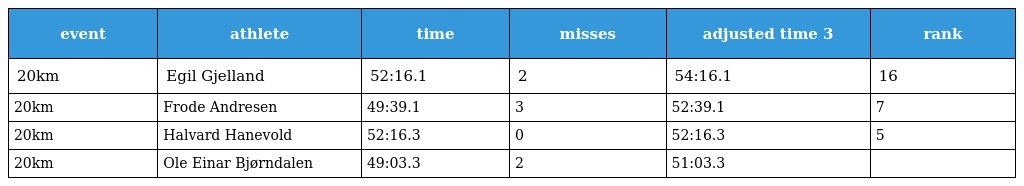
| event | athlete | time | misses | adjusted time 3 | rank |
 | --- | --- | --- | --- | --- | --- |
 | 20km | Egil Gjelland | 52:16.1 | 2 | 54:16.1 | 16 |
 | 20km | Frode Andresen | 49:39.1 | 3 | 52:39.1 | 7 |
 | 20km | Halvard Hanevold | 52:16.3 | 0 | 52:16.3 | 5 |
 | 20km | Ole Einar Bjørndalen | 49:03.3 | 2 | 51:03.3 |  |